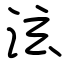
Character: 泫